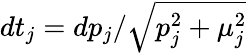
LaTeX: dt_{j}=dp_{j}/\sqrt{p_{j}^{2}+\mu_{j}^{2}}